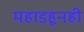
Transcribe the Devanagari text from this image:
महाडहूनही